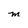
Character: M